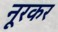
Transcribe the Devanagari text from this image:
नूरकर